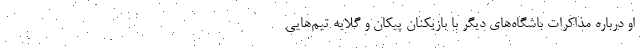
او درباره مذاکرات باشگاه‌های دیگر با بازیکنان پیکان و گلایه تیم‌هایی